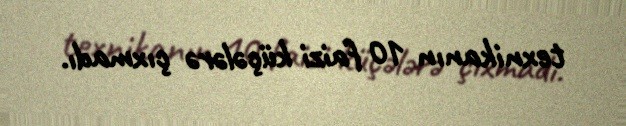
texnikanın 10 faizi küçələrə çıxmadı.